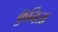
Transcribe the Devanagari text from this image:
कुनिता